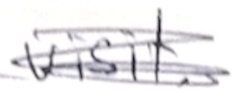
Text: visit.
Cross-out: scratch
Writing tool: pencil